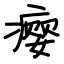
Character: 瘿